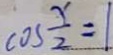
\cos \frac { x } { 2 } = 1